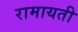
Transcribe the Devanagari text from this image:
रामायती